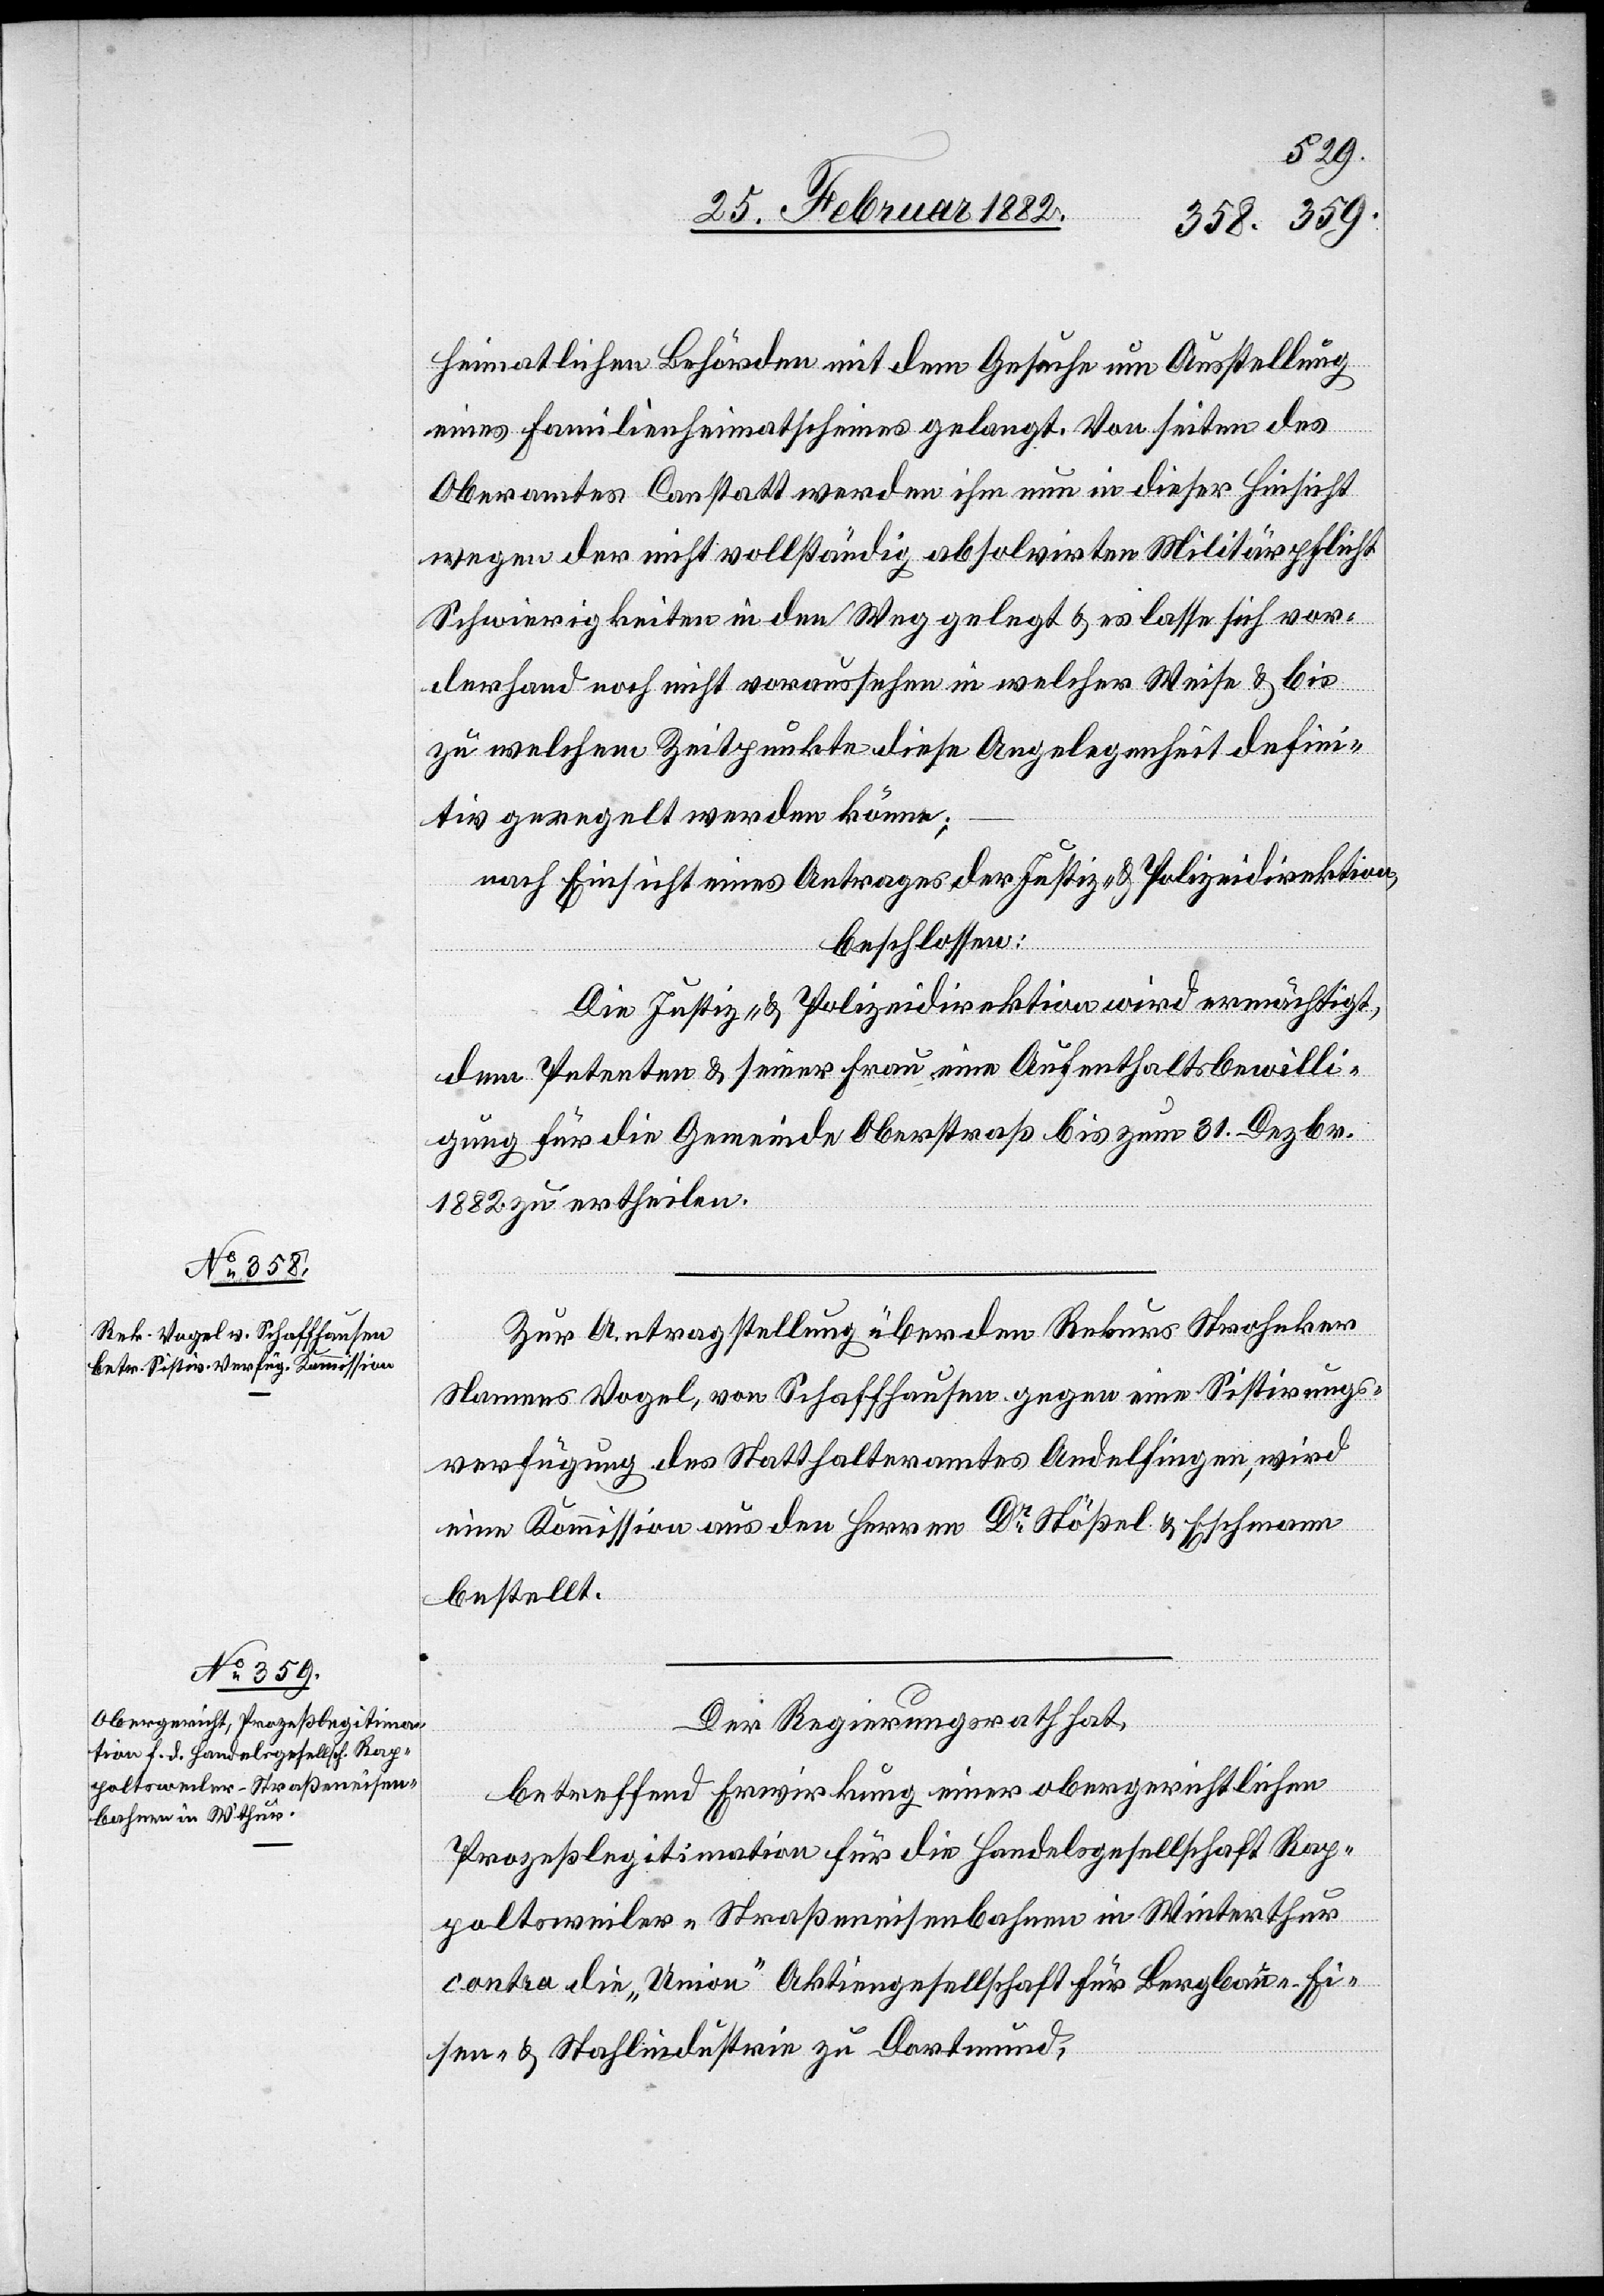
heimatlichen Behörden mit dem Gesuche um Ausstellung
eines Familienheimatscheines gelangt. Von Seiten des
Oberamtes Constatt werden ihm nun in dieser Hinsicht
wegen der nicht vollständig absolvirten Militärpflicht
Schwierigkeiten in den Weg gelegt & es lasse sich vor¬
derhand noch nicht voraussehen in welcher Weise & bis
zu welchem Zeitpunkt diese Angelegenheit defini¬
tiv geregelt werden könne;
nach Einsicht eines Antrages der Justiz- & Polizeidirektion,
beschlossen:
Die Justiz- & Polizeidirektion wird ermächtigt,
dem Petenten & seiner Frau eine Aufenthaltsbewilli¬
gung für die Gemeinde Oberstraß bis zum 31. Dezbr.
1882 zu ertheilen.
Zur Antragstellung über den Rekurs Stroheker
Namens Vogel, von Schaffhausen gegen eine Sistirungs¬
verfügung des Statthalteramtes Andelfingen, wird
eine Kommission aus den Herren Dr Stößel & Eschmann
bestellt.
Der Regierungsrath hat,
betreffend Erwirkung einer obergerichtlichen
Prozeßlegitimation für die Handelsgesellschaft Rap¬
poltsweiler „Straßeneisenbahnen[“] in Winterthur
contra die „Union“ Aktiengesellschaft für Bergbau- Ei¬
sen- & Stahlindustrie zu Dortmund,